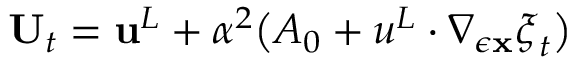
\mathbf { U } _ { t } = { \mathbf { u } } ^ { L } + \alpha ^ { 2 } \big ( \boldsymbol { A } _ { 0 } + \boldsymbol { u } ^ { L } \cdot \nabla _ { \epsilon { \mathbf { x } } } \boldsymbol { \xi } _ { t } \big )